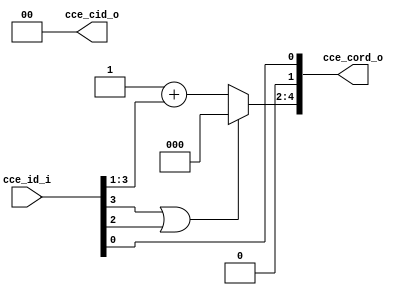
module bp_me_cce_id_to_cord_05
(
  cce_id_i,
  cce_cord_o,
  cce_cid_o
);

  input [3:0] cce_id_i;
  output [4:0] cce_cord_o;
  output [1:0] cce_cid_o;
  wire [4:0] cce_cord_o;
  wire [1:0] cce_cid_o;
  wire N0,N1,cce_cord_o_0_,N2,N3,N4,N5,N6;
  assign cce_cord_o[1] = 1'b0;
  assign cce_cid_o[0] = 1'b0;
  assign cce_cid_o[1] = 1'b0;
  assign cce_cord_o_0_ = cce_id_i[0];
  assign cce_cord_o[0] = cce_cord_o_0_;
  assign { N5, N4, N3 } = 1'b1 + cce_id_i[3:1];
  assign cce_cord_o[4:2] = (N0)? { N5, N4, N3 } : 
                           (N1)? { 1'b0, 1'b0, 1'b0 } : 1'b0;
  assign N0 = N2;
  assign N1 = N6;
  assign N2 = ~N6;
  assign N6 = cce_id_i[3] | cce_id_i[2];

endmodule